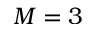
M = 3